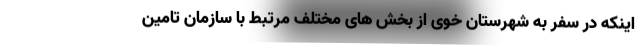
اینکه در سفر به شهرستان خوی از بخش های مختلف مرتبط با سازمان تامین